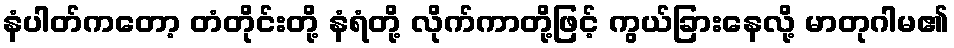
နံပါတ်ကတော့ တံတိုင်းတို့ နံရံတို့ လိုက်ကာတို့ဖြင့် ကွယ်ခြားနေလို့ မာတုဂါမ၏